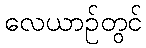
လေယာဉ်တွင်